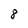
Character: 8